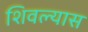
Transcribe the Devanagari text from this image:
शिवल्यास